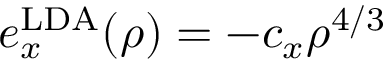
e _ { x } ^ { \mathrm { L D A } } ( \rho ) = - c _ { x } \rho ^ { 4 / 3 }